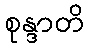
စုန္ဒာတိ